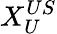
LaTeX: X_{U}^{US}